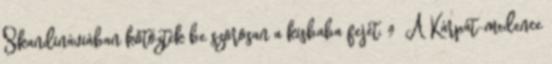
Skandináviában kötözték be szorosan a kisbaba fejét. 9 A Kárpát-medence